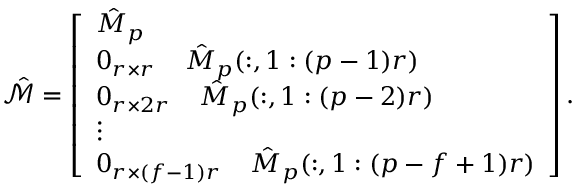
\begin{array} { r } { \hat { \mathcal { M } } = \left[ \begin{array} { l } { \hat { M } _ { p } } \\ { 0 _ { r \times r } \; \; \; \; \hat { M } _ { p } ( : , 1 : ( p - 1 ) r ) } \\ { 0 _ { r \times 2 r } \; \; \; \; \hat { M } _ { p } ( : , 1 : ( p - 2 ) r ) } \\ { \vdots } \\ { 0 _ { r \times ( f - 1 ) r } \; \; \; \; \hat { M } _ { p } ( : , 1 : ( p - f + 1 ) r ) } \end{array} \right] . } \end{array}